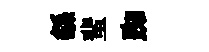
繇蜚踟